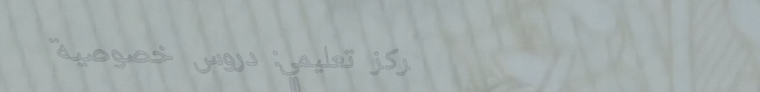
مركز تعليمي: دروس خصوصية